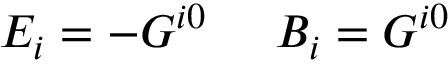
E _ { i } = - { \cal G } ^ { i 0 } \; \; \; \; \; B _ { i } = G ^ { i 0 }